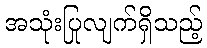
အသုံးပြုလျက်ရှိသည့်